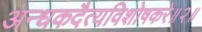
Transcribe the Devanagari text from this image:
अन्धकदैत्यविशोषकरे॥२॥